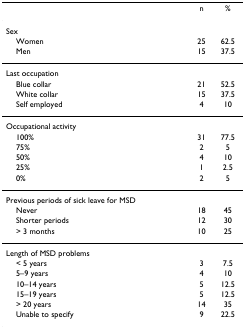
|  | n | % |
 | --- | --- | --- |
 | Sex |  |  |
 | Women | 25 | 62.5 |
 | Men | 15 | 37.5 |
 | Last occupation |  |  |
 | Blue collar | 21 | 52.5 |
 | White collar | 15 | 37.5 |
 | Self employed | 4 | 10 |
 | Occupational activity |  |  |
 | 100% | 31 | 77.5 |
 | 75% | 2 | 5 |
 | 50% | 4 | 10 |
 | 25% | 1 | 2.5 |
 | 0% | 2 | 5 |
 | Previous periods of sick leave for MSD |  |  |
 | Never | 18 | 45 |
 | Shorter periods | 12 | 30 |
 | > 3 months | 10 | 25 |
 | Length of MSD problems |  |  |
 | < 5 years | 3 | 7.5 |
 | 5–9 years | 4 | 10 |
 | 10–14 years | 5 | 12.5 |
 | 15–19 years | 5 | 12.5 |
 | > 20 years | 14 | 35 |
 | Unable to specify | 9 | 22.5 |